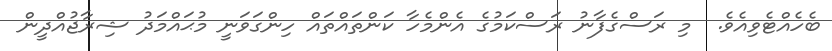
ބެހެއްޓެވިއެވެ.  މި ރަސްގެފާނު ރަސްކަމުގެ އެންމެހާ ކަންތައްތައް ހިންގަވަނީ މުޙައްމަދު ޝިރާޖުއްދީން